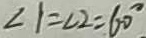
\angle 1 = \angle 2 = 6 0 ^ { \circ }